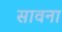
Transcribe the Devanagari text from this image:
सावना